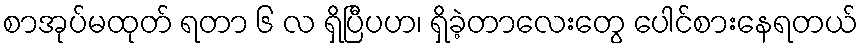
စာအုပ်မထုတ် ရတာ ၆ လ ရှိပြီပဟ၊ ရှိခဲ့တာလေးတွေ ပေါင်စားနေရတယ်